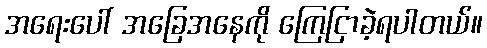
အရေးပေါ် အခြေအနေကို ကြေငြာခဲ့ရပါတယ်။